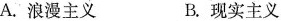
A.浪漫主义 B.现实主义